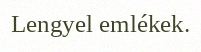
Lengyel emlékek.